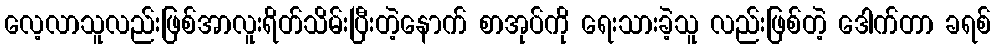
လေ့လာသူလည်းဖြစ်အာလူးရိတ်သိမ်းပြီးတဲ့နောက် စာအုပ်ကို ရေးသားခဲ့သူ လည်းဖြစ်တဲ့ ဒေါက်တာ ခရစ်